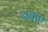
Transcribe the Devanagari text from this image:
नबाए